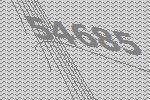
54685